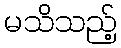
မသိသည့်